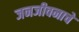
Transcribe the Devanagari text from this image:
जनजीवनाचे